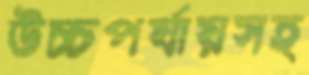
উচ্চপর্যায়সহ